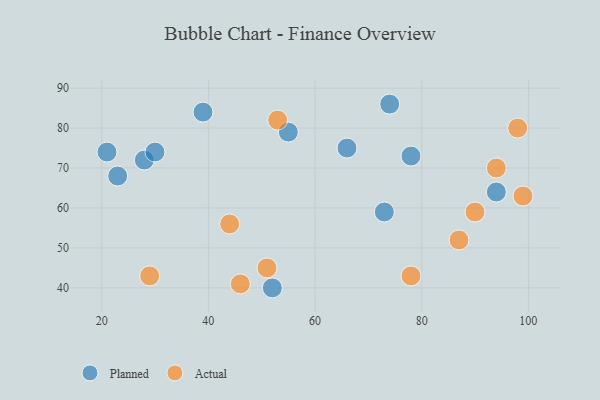
{"axis": {"x": "GDP", "y": "Life Expectancy"}, "legend": ["Actual", "Planned"], "data": [{"x": "74", "y": 86, "type": "Planned"}, {"x": "21", "y": 74, "type": "Planned"}, {"x": "52", "y": 40, "type": "Planned"}, {"x": "23", "y": 68, "type": "Planned"}, {"x": "39", "y": 84, "type": "Planned"}, {"x": "28", "y": 72, "type": "Planned"}, {"x": "73", "y": 59, "type": "Planned"}, {"x": "55", "y": 79, "type": "Planned"}, {"x": "94", "y": 64, "type": "Planned"}, {"x": "30", "y": 74, "type": "Planned"}, {"x": "78", "y": 73, "type": "Planned"}, {"x": "66", "y": 75, "type": "Planned"}, {"x": "94", "y": 70, "type": "Actual"}, {"x": "46", "y": 41, "type": "Actual"}, {"x": "78", "y": 43, "type": "Actual"}, {"x": "90", "y": 59, "type": "Actual"}, {"x": "44", "y": 56, "type": "Actual"}, {"x": "29", "y": 43, "type": "Actual"}, {"x": "51", "y": 45, "type": "Actual"}, {"x": "53", "y": 82, "type": "Actual"}, {"x": "98", "y": 80, "type": "Actual"}, {"x": "99", "y": 63, "type": "Actual"}, {"x": "87", "y": 52, "type": "Actual"}]}